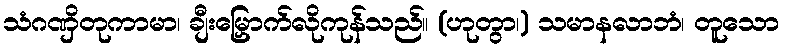
သံဂဏှိတုကာမာ၊ ချီးမြှောက်လိုကုန်သည်။ (ဟုတွာ၊) သမာနလာဘံ၊ တူသော